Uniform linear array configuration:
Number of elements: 12
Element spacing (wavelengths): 0.25
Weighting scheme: kaiser
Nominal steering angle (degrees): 45
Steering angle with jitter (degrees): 44.351
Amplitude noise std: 0.05
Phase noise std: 0.05

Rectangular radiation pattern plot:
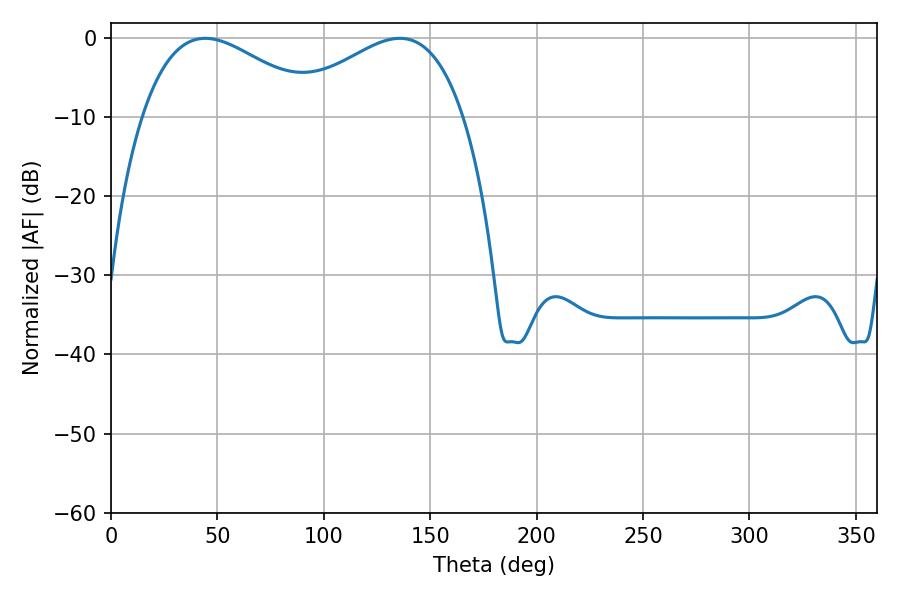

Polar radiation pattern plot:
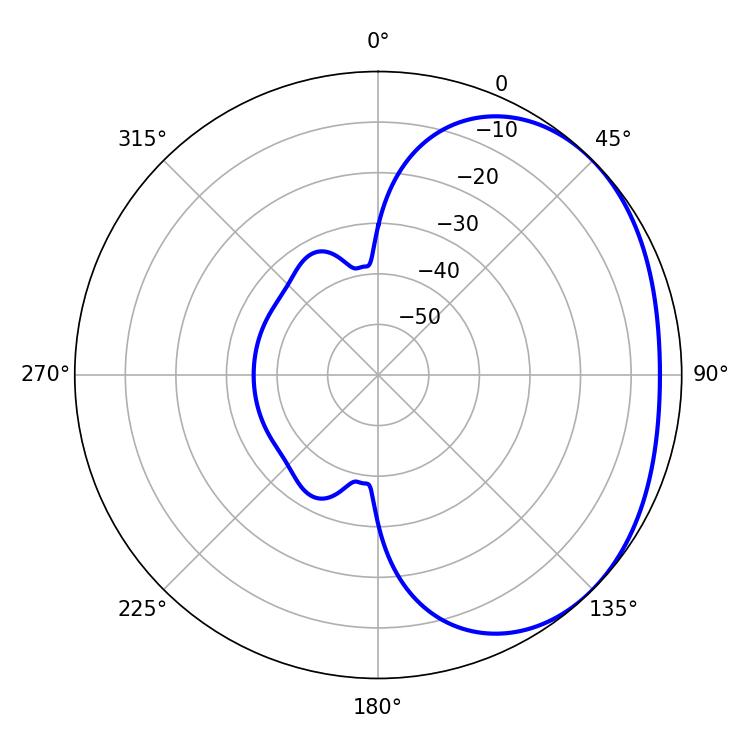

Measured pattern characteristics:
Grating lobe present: FALSE
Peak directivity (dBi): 2.137
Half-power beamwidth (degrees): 45.54
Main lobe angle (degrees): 44.28